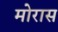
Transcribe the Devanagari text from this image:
मोरास